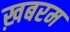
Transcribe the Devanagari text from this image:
ख़बरम